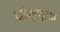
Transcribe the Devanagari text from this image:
पवित्रग्रंथों